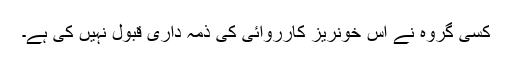
کسی گروہ نے اس خونریز کارروائی کی ذمہ داری قبول نہیں کی ہے۔